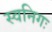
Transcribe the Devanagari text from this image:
स्वनिगः